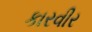
કારવીર